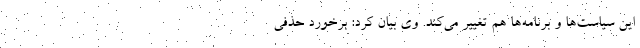
این سیاست‌ها و برنامه‌ها هم تغییر می‌کند. وی بیان کرد: برخورد حذفی